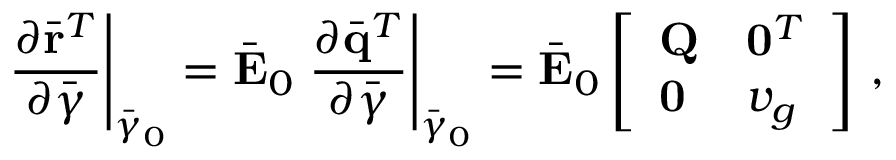
\left. \frac { \partial \bar { \bf r } ^ { T } } { \partial \bar { \boldsymbol { \gamma } } } \right| _ { \bar { \boldsymbol { \gamma } } _ { 0 } } = \bar { \bf E } _ { 0 } \left. \frac { \partial \bar { \bf q } ^ { T } } { \partial \bar { \boldsymbol { \gamma } } } \right| _ { \bar { \boldsymbol { \gamma } } _ { 0 } } = \bar { \bf E } _ { 0 } \left[ \begin{array} { l l } { { \bf Q } } & { { \bf 0 } ^ { T } } \\ { { \bf 0 } } & { v _ { g } } \end{array} \right] \, ,